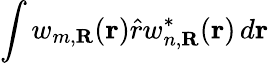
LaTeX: \int w_{m,\textbf{R}}(\textbf{r})\hat{r}w_{n,\textbf{R}}^{*}(\textbf{r})\, d\textbf{r}